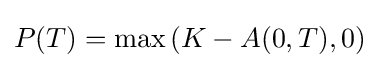
P(T)={\text{max}}\left(K-A(0,T),0\right)